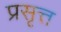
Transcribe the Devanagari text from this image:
प्रसृत्त